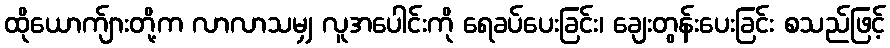
ထိုယောက်ျားတို့က လာလာသမျှ လူအပေါင်းကို ရေခပ်ပေးခြင်း၊ ချေးတွန်းပေးခြင်း စသည်ဖြင့်